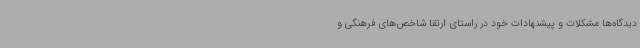
دیدگاه‌ها مشکلات و پیشنهادات خود در راستای ارتقا شاخص‌های فرهنگی و